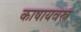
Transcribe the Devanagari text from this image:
काषायवस्त्र